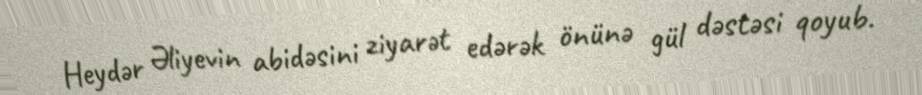
Heydər Əliyevin abidəsini ziyarət edərək önünə gül dəstəsi qoyub.